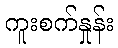
ကူးစက်နှုန်း